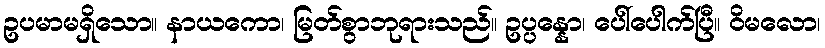
ဥပမာမရှိသော။ နာယကော၊ မြတ်စွာဘုရားသည်။ ဥပ္ပန္နော၊ ပေါ်ပေါက်ပြီ။ ဝိမလော၊